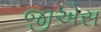
જીએસ